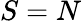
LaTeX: S=N